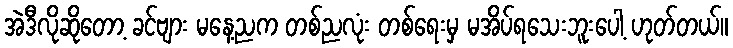
အဲဒီလိုဆိုတော့ ခင်ဗျား မနေ့ညက တစ်ညလုံး တစ်ရေးမှ မအိပ်ရသေးဘူးပေါ့ ဟုတ်တယ်။